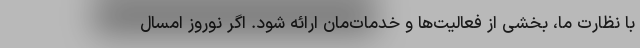
با نظارت ما، بخشی از فعالیت‌ها و خدمات‌مان ارائه شود. اگر نوروز امسال